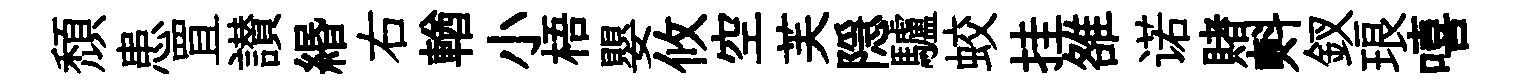
頽患罝讃緡右輶小梧嬰攸空芙隠驢蛟挂雒诺賭㪺釵琅嘻